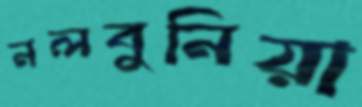
নলবুনিয়া